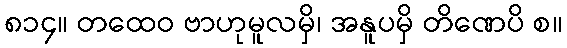
၈၁၄။ တထေဝ ဗာဟုမူလမှိ၊ အနူပမှိ တိဏေပိ စ။